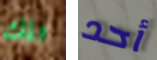
تلك أحد